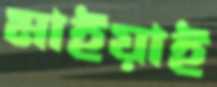
মাইয়াই